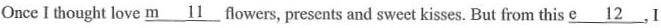
Once I thought love \underline{m11} flowers, presents and sweet kisses. But from this \underline{e2}, I